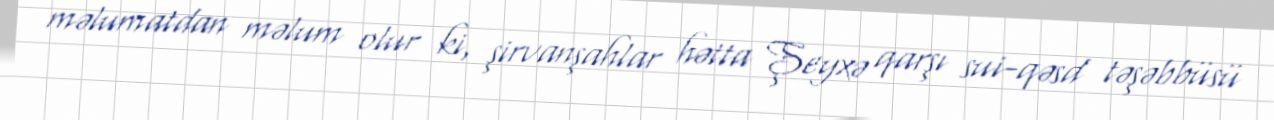
məlumatdan məlum olur ki, şirvanşahlar hətta Şeyxə qarşı sui-qəsd təşəbbüsü